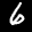
Label: 6